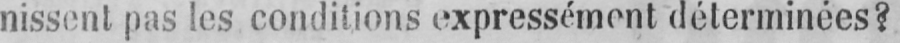
nissent pas les conditions expressément déterminées?